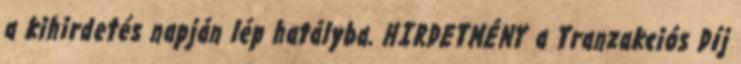
a kihirdetés napján lép hatályba. HIRDETMÉNY a Tranzakciós Díj